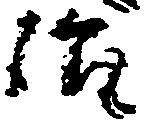
治